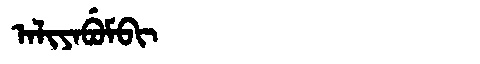
Manchu: ᠠᠯᡳᠶᠠᠪᡠᠮᠪᡳ
Romanization: ALIYABUMBI